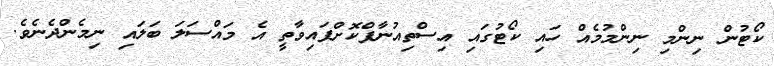
ކޯޓުން ނިންމި ނިންމުމެއް ހައި ކޯޓުގައި އިސްތިއުނާފްކޮށްފައިވާތީ އެ މައްސަލަ ބަލައި ނިމެންދެނެވެ.